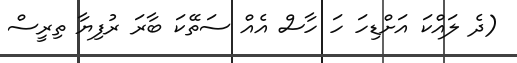
(ދެ ލައްކަ އަށްޑިހަ ހަ ހާސް އެއް ސަތޭކަ ބާރަ ރުފިޔާ ތިރީސް